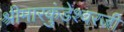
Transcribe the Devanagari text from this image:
श्रीमारकुंडेश्वरजी